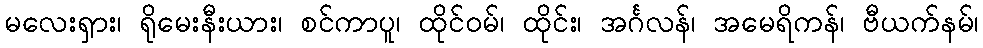
မလေးရှား၊ ရိုမေးနီးယား၊ စင်ကာပူ၊ ထိုင်ဝမ်၊ ထိုင်း၊ အင်္ဂလန်၊ အမေရိကန်၊ ဗီယက်နမ်၊